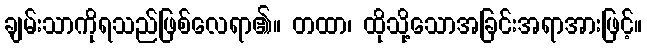
ချမ်းသာကိုရသည်ဖြစ်လေရာ၏။ တထာ၊ ထိုသို့သောအခြင်းအရာအားဖြင့်။